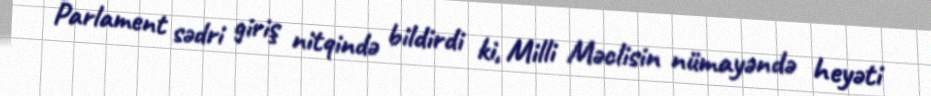
Parlament sədri giriş nitqində bildirdi ki, Milli Məclisin nümayəndə heyəti